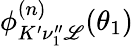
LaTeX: \phi_{K^{\prime}\nu_{1}^{\prime\prime}\mathscr{L}}^{(n)}(\theta_{1})